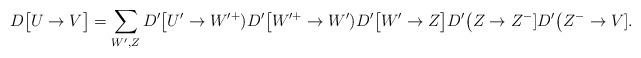
LaTeX: \begin{align*}D\big[U\to V\big] = \sum_{W',Z} D'\big[U'\to W'^+)D'\big[W'^+\to W') D'\big[W'\to Z\big] D'\big(Z\to Z^-] D'\big(Z^-\to V].\end{align*}